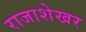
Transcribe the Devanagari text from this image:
राजाशेखर